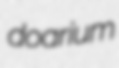
doarium